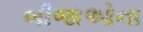
બીજાઓના